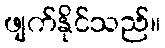
ဖျက်နိုင်သည်။